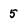
Character: 5